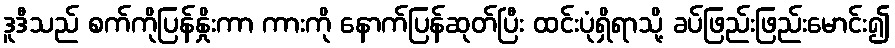
ဒူဒီသည် စက်ကိုပြန်နှိုးကာ ကားကို နောက်ပြန်ဆုတ်ပြီး ထင်းပုံရှိရာသို့ ခပ်ဖြည်းဖြည်းမောင်း၍